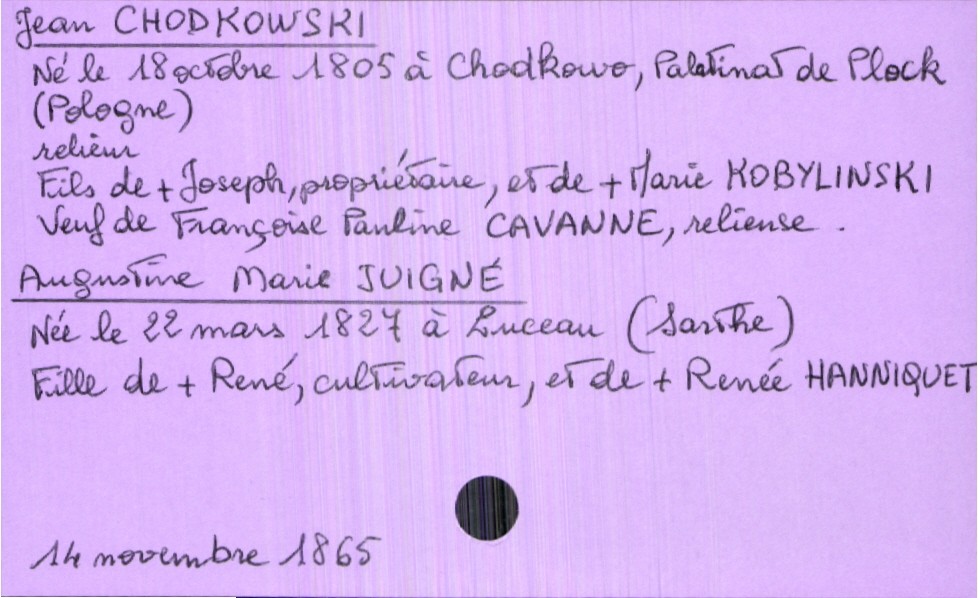
type_acte: Mariage
année: 1865
mois: novembre
jour: 14
marié_nom: Chodkowski
marié_prénom: Jean
marié_profession: relieur
marié_date_de_naissance: 18 octobre 1805
marié_lieu_de_naissance: Chodkowo, Palatinat de Płock (Pologne)
marié_statut: veuf
père_marié_nom: Chodkowski
père_marié_prénom: Joseph
père_marié_profession: propriétaire
père_marié_statut: décédé
mère_marié_nom: Kobylinski
mère_marié_prénom: Marie
mère_marié_statut: décédée
mariée_nom: Juigné
mariée_prénom: Augustine Marie
mariée_date_de_naissance: 22 mars 1827
mariée_lieu_de_naissance: Luceau (Sarthe)
père_mariée_nom: Juigné
père_mariée_prénom: René
père_mariée_profession: cultivateur
père_mariée_statut: décédé
mère_mariée_nom: Hanniquet
mère_mariée_prénom: Renée
mère_mariée_statut: décédée